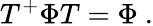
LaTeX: T^{+}\Phi T=\Phi\ .